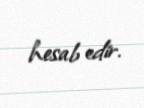
hesab edir.